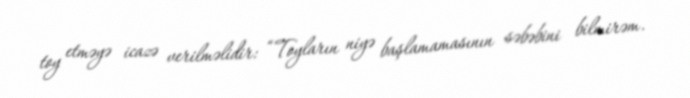
toy etməyə icazə verilməlidir: “Toyların niyə başlamamasının səbəbini bilmirəm.